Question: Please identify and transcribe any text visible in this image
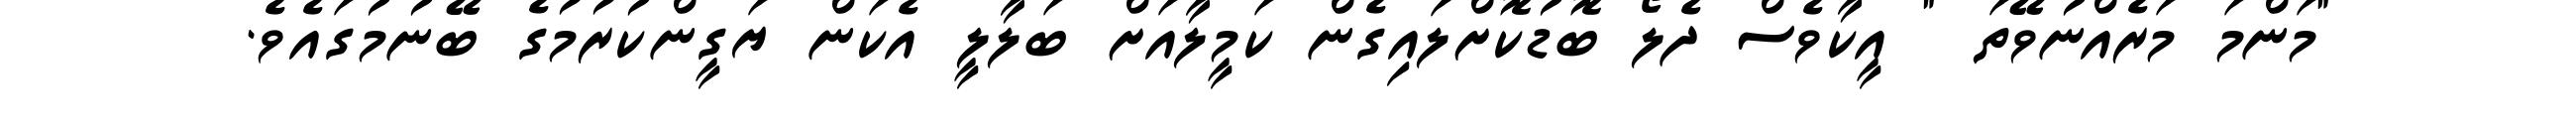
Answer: "މަންމަ މަރެއްނުވޭތަ " އީކާވެސް ދެލޯ ބޮޑުކޮށްލައިގެން ކަމީލާއަށް ބަލާލީ އެކަން ޔަގީންކުރުމުގެ ބޭނުމުގައެވެ.